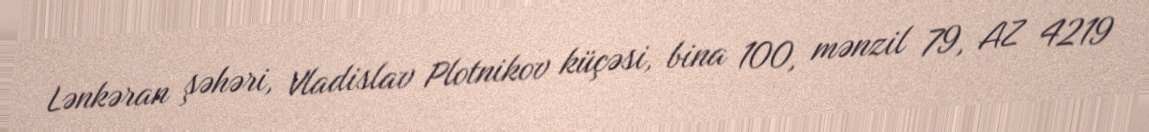
Lənkəran şəhəri, Vladislav Plotnikov küçəsi, bina 100, mənzil 79, AZ 4219